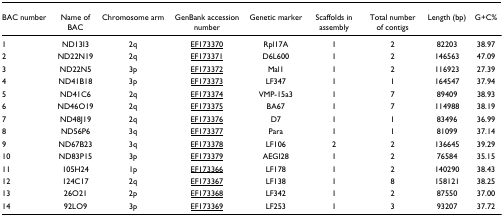
| BAC number | Name of BAC | Chromosome arm | GenBank accession number | Genetic marker | Scaffolds in assembly | Total number of contigs | Length (bp) | G+C% |
 | --- | --- | --- | --- | --- | --- | --- | --- | --- |
 | 1 | ND13I3 | 2q | EF173370 | Rpl17A | 1 | 2 | 82203 | 38.97 |
 | 2 | ND22N19 | 2q | EF173371 | D6L600 | 1 | 2 | 146563 | 47.09 |
 | 3 | ND22N5 | 3p | EF173372 | Mal1 | 1 | 2 | 116923 | 27.39 |
 | 4 | ND41B18 | 3p | EF173373 | LF347 | 1 | 1 | 164547 | 37.94 |
 | 5 | ND41C6 | 2q | EF173374 | VMP-15a3 | 1 | 7 | 89409 | 38.93 |
 | 6 | ND46O19 | 2q | EF173375 | BA67 | 1 | 7 | 114988 | 38.19 |
 | 7 | ND48J19 | 2q | EF173376 | D7 | 1 | 1 | 83496 | 36.99 |
 | 8 | ND56P6 | 3q | EF173377 | Para | 1 | 1 | 81099 | 37.14 |
 | 9 | ND67B23 | 3q | EF173378 | LF106 | 2 | 2 | 136645 | 39.29 |
 | 10 | ND83P15 | 3p | EF173379 | AEGI28 | 1 | 2 | 76584 | 35.15 |
 | 11 | 105H24 | 1p | EF173366 | LF178 | 1 | 2 | 140290 | 38.43 |
 | 12 | 124C17 | 2q | EF173367 | LF138 | 1 | 8 | 158121 | 38.25 |
 | 13 | 26O21 | 2p | EF173368 | LF342 | 1 | 2 | 87550 | 37.00 |
 | 14 | 92LO9 | 3p | EF173369 | LF253 | 1 | 3 | 93207 | 37.72 |